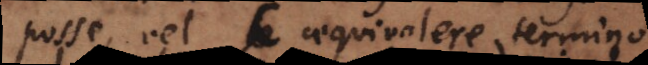
posse, vel c aequivalere termino